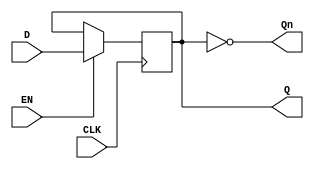
module edge_triggered_gated_latch (
    input wire D,       // Data input
    input wire CLK,     // Clock signal
    input wire EN,      // Enable signal
    output reg Q,       // Output
    output wire Qn      // Complement of the output
);

    // Assigning the complemented output
    assign Qn = ~Q;

    // Always block to sample D on the rising edge of CLOCK
    always @(posedge CLK) begin
        if (EN) begin
            Q <= D; // Capture value when EN is high
        end
        // If EN is low, Q retains its value (hold state)
    end

endmodule